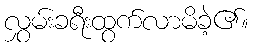
လွှမ်းခရီးထွက်လာမိခဲ့၏။